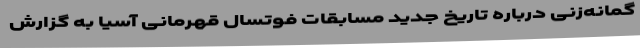
گمانه‌زنی درباره تاریخ جدید مسابقات فوتسال قهرمانی آسیا به گزارش